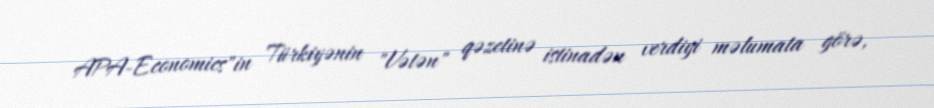
APA-Economics"in Türkiyənin "Vətən" qəzetinə istinadən verdiyi məlumata görə,